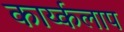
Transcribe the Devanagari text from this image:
कार्य्कलाप